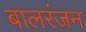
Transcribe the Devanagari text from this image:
बालरंजन